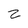
Character: Z